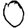
Digit: 0